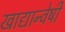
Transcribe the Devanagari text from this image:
खाद्यान्वेषी